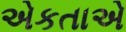
એકતાએ